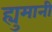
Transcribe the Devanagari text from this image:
ह्युमानी